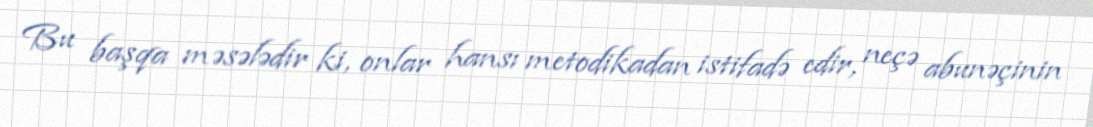
Bu başqa məsələdir ki, onlar hansı metodikadan istifadə edir, neçə abunəçinin